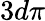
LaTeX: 3d\pi